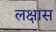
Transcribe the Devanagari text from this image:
लक्षास